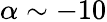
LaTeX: \alpha\sim-10